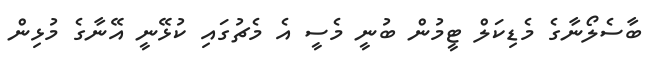
ބާސެލޯނާގެ މެޑިކަލް ޓީމުން ބުނީ މެސީ އެ މެޗުގައި ކުޅޭނީ އޭނާގެ މުޅިން